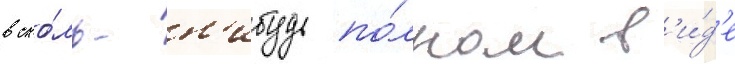
в ско́ль-н'ибудь по́лном в'и́д'е